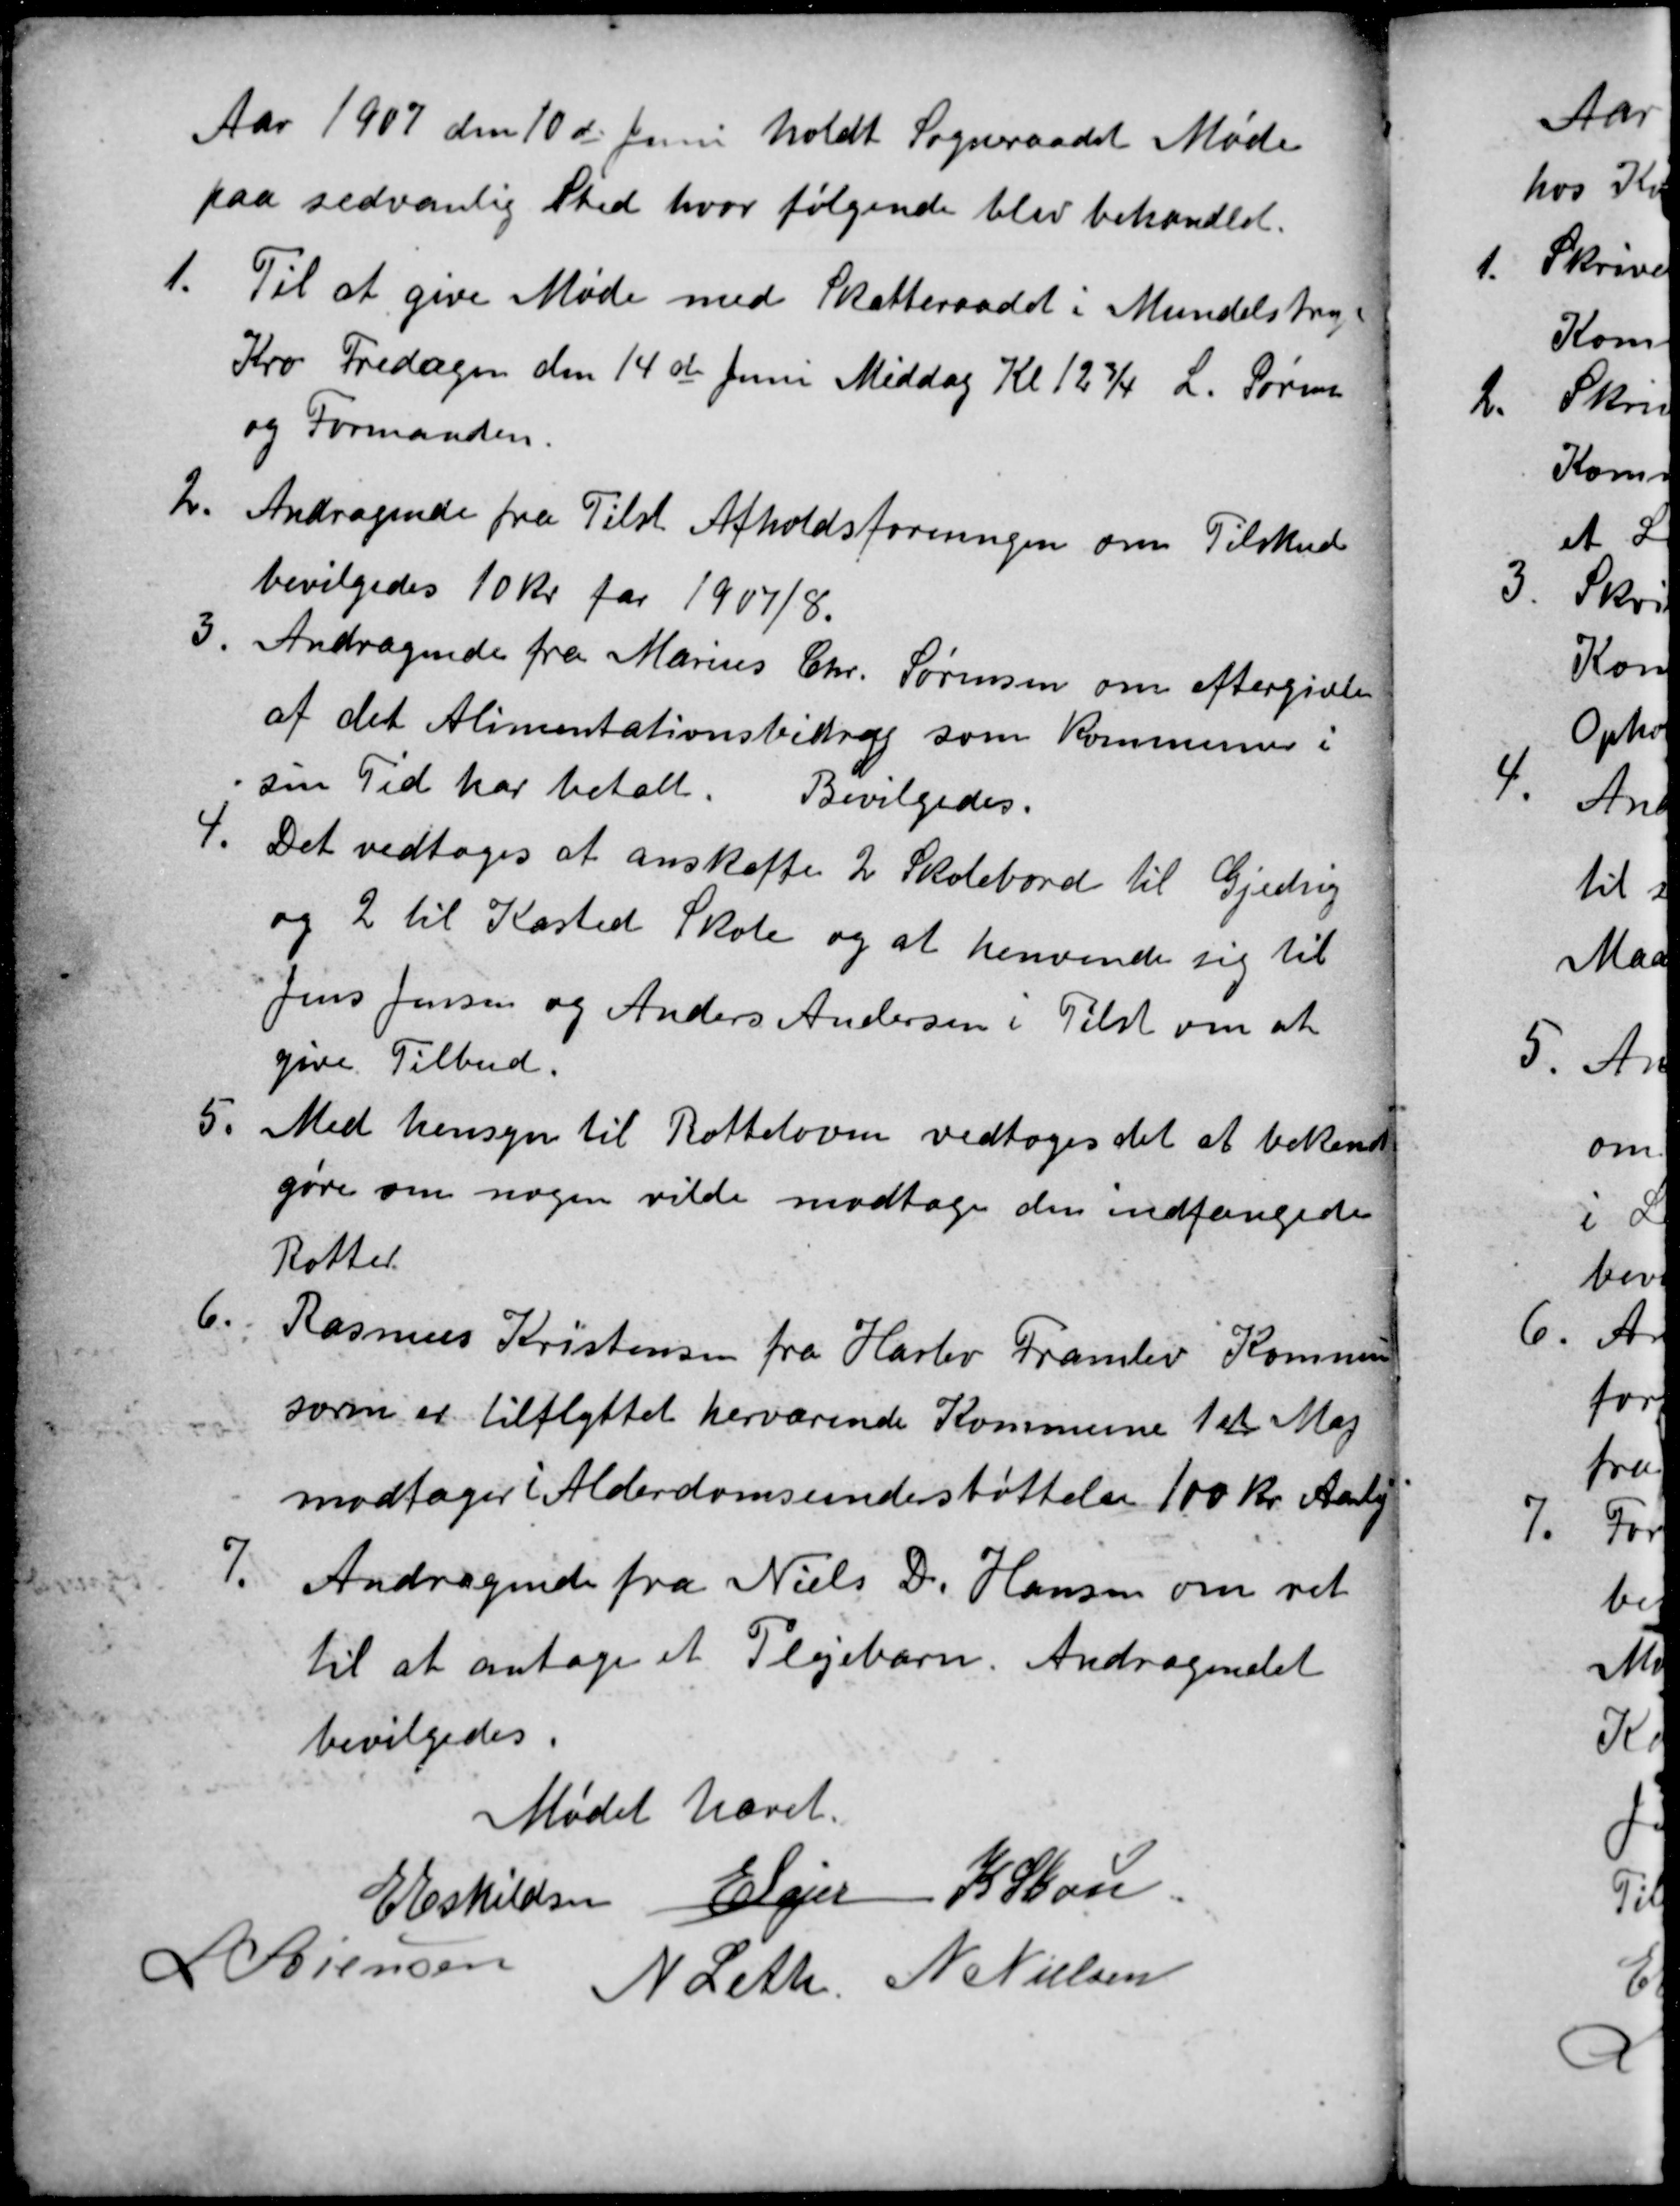
Transskription:
Aar 1907 den 10de Juni holdt Sogneraadet Møde
paa sædvanlig sted, hvor følgende blev behandlet.
1.
Til at give Møde med Skatteraadet i Mundelstrup
Kro Fredagen den 14de Juni Middag Kl 12¾ L. Sørensen
og Formanden.
2.
Andragende fra Tilst Afholdsforeningen om Tilskud
bevilgedes 10 Kr for 1907/8.
3.
Andragende fra Marius Chr. Sørensen om eftergivelse
af det Alimentationsbidrag som Kommunen i
sin Tid har betalt. Bevilgedes.
4
Det vedtoges at anskaffe 2 Skolebord til Gjeding
og 2 til Kasted Skole og at henvende sig til
Jens Jensen og Anders Andersen i Tilst om at
give Tilbud.
5.
Med hensyn til Rotteloven vedtoges det at bekend
gøre om nogen vilde modtage den indfangede
Rotter.
6.
Rasmus Kristensen fra Harlev Framlev Kommun
sorm er tilflyttet herværende Kommune 1st Maj
modtager i Alderdomsunderstøttelse 100 Kr Aarlig
7.
Andragende fra Niels D. Hansen om ret
til at antage et Plejebarn. Andragendet
bevilgedes.
Mødet hævet
E Eskildsen E Lajer K Skou
L Sørensen
N Leth. N Nielsen